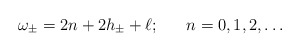
\begin{align*}\omega_\pm = 2n + 2h_\pm + \ell;~~~~~ n=0,1,2,\ldots\end{align*}